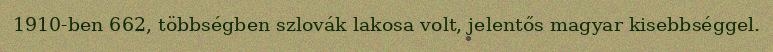
1910-ben 662, többségben szlovák lakosa volt, jelentős magyar kisebbséggel.